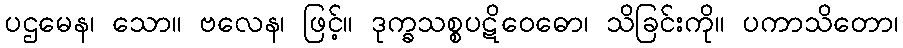
ပဌမေန၊ သော။ ဗလေန၊ ဖြင့်။ ဒုက္ခသစ္စပဋိဝေဓော၊ သိခြင်းကို။ ပကာသိတော၊